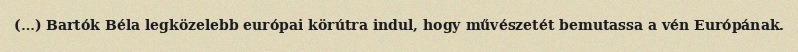
(…) Bartók Béla legközelebb európai körútra indul, hogy művészetét bemutassa a vén Európának.